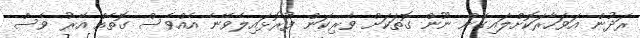
ރަދުން އަވަހާރަކޮށްލައިގެން ނޫން ގޮތަކަށް ވެރިކަން ފުރޮޅައިލެވޭނެ އެއްވެސް ގޮތެއް އޭރު ވެސް